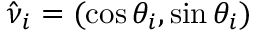
{ \hat { \boldsymbol { \nu } } _ { i } = ( \cos \theta _ { i } , \sin \theta _ { i } ) }